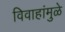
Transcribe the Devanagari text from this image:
विवाहांमुळे